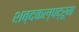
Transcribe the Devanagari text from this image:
शब्दकल्पद्रूम